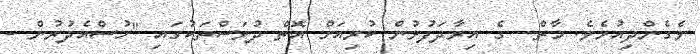
ވެގެންދިއުމެވެ. މާތް  ގެ އިރާދަފުޅުން ކުރިއަށް އޮތް ދުވަސްތަކުގައި "ހުސްއެދުރުން -